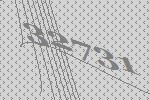
32731